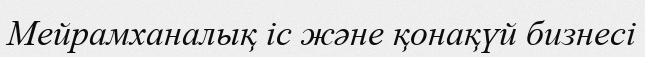
Мейрамханалық іс және қонақүй бизнесі